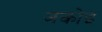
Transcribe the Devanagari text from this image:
जकोइ